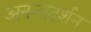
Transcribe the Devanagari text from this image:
अनन्तदर्शन